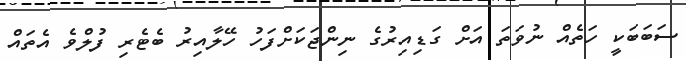
ސަބަބަކީ ހަތެއް ނުވަތަ އަށް ގަޑިއިރުގެ ނިންޖަކަށްފަހު ހޭލާއިރު ބެޓެރި ފުލްވެ އެތައް